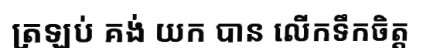
ត្រឡប់ គង់ យក បាន លើកទឹកចិត្ត